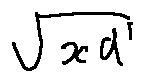
\sqrt { x d }